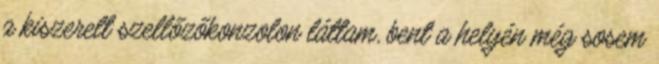
a kiszerelt szellőzőkonzolon láttam, bent a helyén még sosem